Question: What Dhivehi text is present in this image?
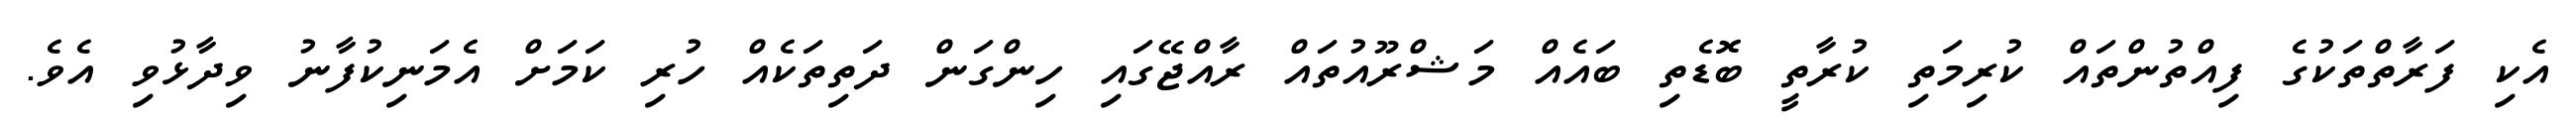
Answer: އެކި ފަރާތްތަކުގެ ފިއްތުންތައް ކުރިމަތި ކުރާތީ ބޮޑެތި ބައެއް މަޝްރޫއުތައް ރާއްޖޭގައި ހިންގަން ދަތިތަކެއް ހުރި ކަމަށް އެމަނިކުފާނު ވިދާޅުވި އެވެ.